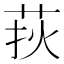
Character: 𦰂